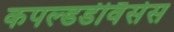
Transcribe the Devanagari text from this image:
कपल्डडीवैसेस